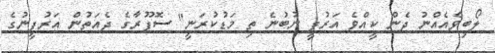
ލޯބިވެއެއްނު ދެން ކީއްވެ އަރުފީ ނުބުނެ ތި މަޑުކުރަނީ" ސޮފޫރާގެ ދެއަތުން އަރުފީނުގެ